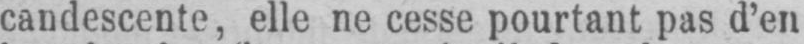
candescente, elle ne cesse pourtant pas d’en